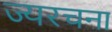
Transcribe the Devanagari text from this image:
ज्यरचना